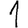
Digit: 1